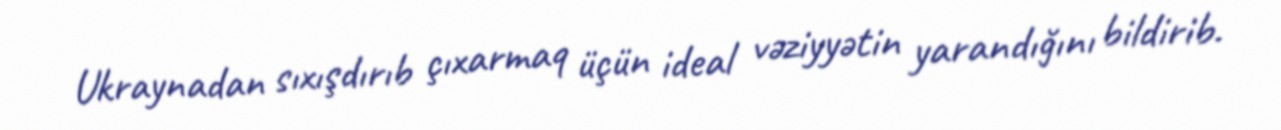
Ukraynadan sıxışdırıb çıxarmaq üçün ideal vəziyyətin yarandığını bildirib.